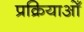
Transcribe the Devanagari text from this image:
प्रक्रियाओँ